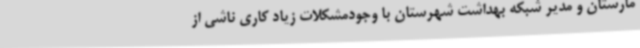
مارستان و مدیر شبکه بهداشت شهرستان با وجودمشکلات زیاد کاری ناشی از